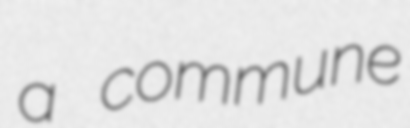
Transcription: a commune